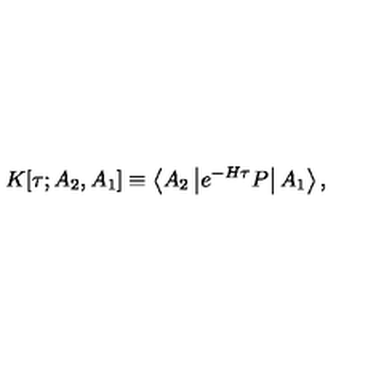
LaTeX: K [ \tau ; A _ { 2 } , A _ { 1 } ] \equiv \left< A _ { 2 } \left| e ^ { - H \tau } P \right| A _ { 1 } \right> ,